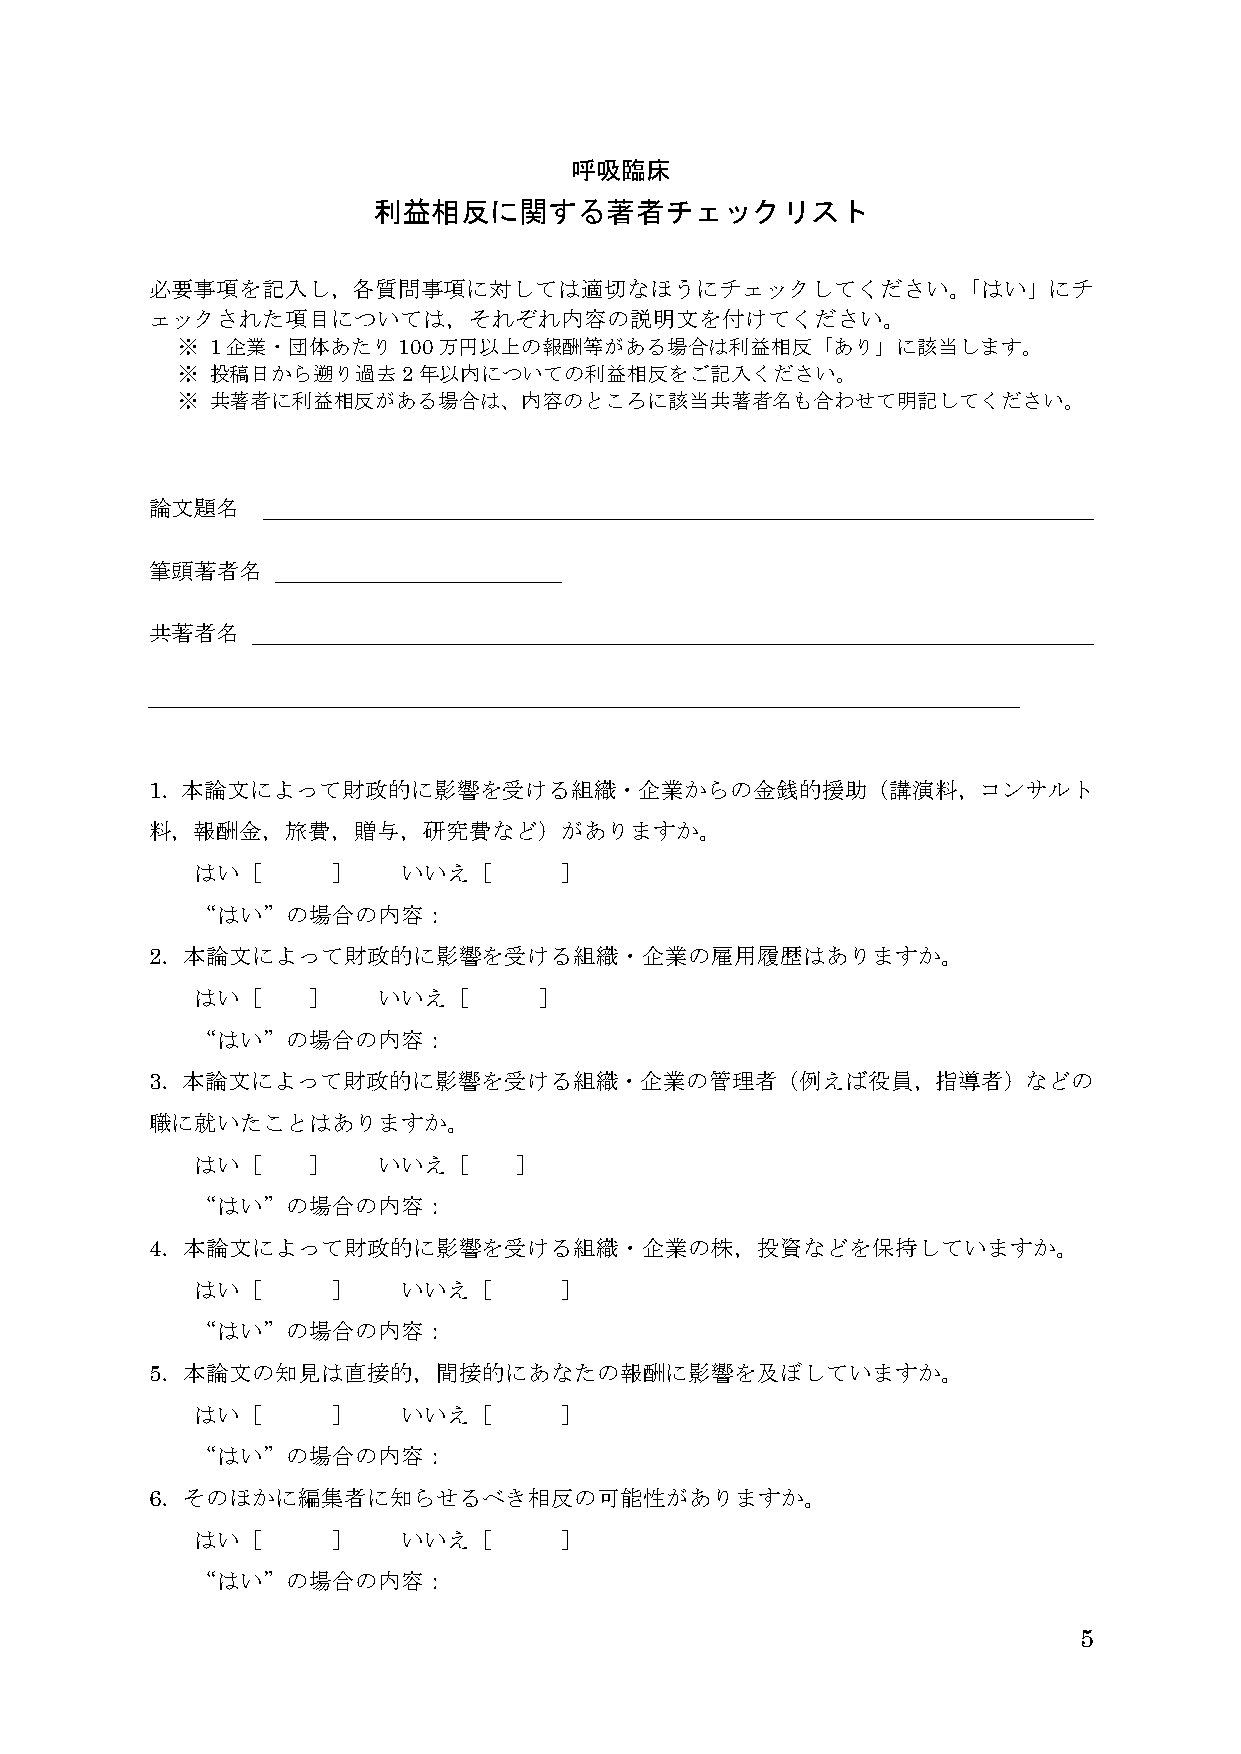
呼吸臨床
 利益相反に関する著者チェックリスト
 必要事項を記入し，各質問事項に対しては適切なほうにチェックしてください。「はい」にチ
 ェックされた項目については，それぞれ内容の説明文を付けてください。
 ※ 1企業・団体あたり100万円以上の報酬等がある場合は利益相反「あり」に該当します。
 ※ 投稿日から遡り過去2年以内についての利益相反をご記入ください。
 ※ 共著者に利益相反がある場合は、内容のところに該当共著者名も合わせて明記してください。
 論文題名
 筆頭著者名
 共著者名
 1．本論文によって財政的に影響を受ける組織・企業からの金銭的援助（講演料，コンサルト
 料，報酬金，旅費，贈与，研究費など）がありますか。
 はい［      ］    いいえ［      ］
 “はい”の場合の内容：
 2．本論文によって財政的に影響を受ける組織・企業の雇用履歴はありますか。
 はい［    ］    いいえ［       ］
 “はい”の場合の内容：
 3．本論文によって財政的に影響を受ける組織・企業の管理者（例えば役員，指導者）などの
 職に就いたことはありますか。
 はい［    ］    いいえ［     ］
 “はい”の場合の内容：
 4．本論文によって財政的に影響を受ける組織・企業の株，投資などを保持していますか。
 はい［      ］    いいえ［      ］
 “はい”の場合の内容：
 5．本論文の知見は直接的，間接的にあなたの報酬に影響を及ぼしていますか。
 はい［      ］    いいえ［      ］
 “はい”の場合の内容：
 6．そのほかに編集者に知らせるべき相反の可能性がありますか。
 はい［      ］    いいえ［      ］
 “はい”の場合の内容：
 5